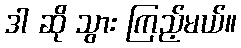
ဒါ ဆို သွား ကြည့်မယ်။